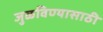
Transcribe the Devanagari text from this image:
जुळविण्यासाठी